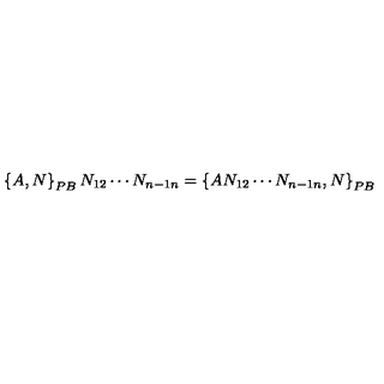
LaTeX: \left\{ A , N \right\} _ { { \footnotesize P B } } N _ { 1 2 } \cdots N _ { n - 1 n } = \left\{ A N _ { 1 2 } \cdots N _ { n - 1 n } , N \right\} _ { { \footnotesize P B } }